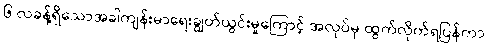
၆ လခန့်ရှိသောအခါကျန်းမာရေးချွတ်ယွင်းမှုကြောင့် အလုပ်မှ ထွက်လိုက်ရပြန်ကာ